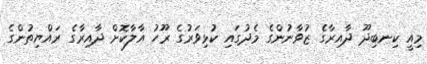
މިއީ ކިނބިދޫ ދާއިރާގެ ޒުވާނުންގެ މެދުގައި ކުޅިވަރުގެ ރޫހު އާލާކޮށް ދާއިރާގެ ރައްޔިތުންގެ